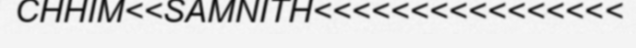
CHHIM<<SAMNITH<<<<<<<<<<<<<<<<